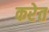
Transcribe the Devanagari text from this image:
करेत